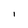
Character: I